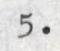
5.